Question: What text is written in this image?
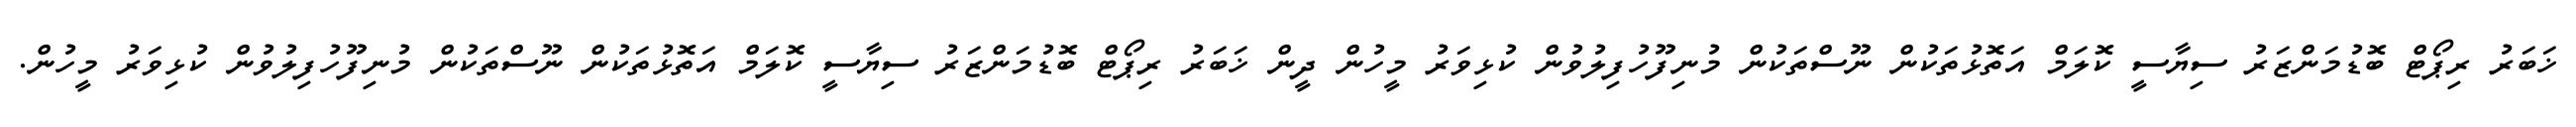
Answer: ޚަބަރު ރިޕޯޓް ބޮޑުމަންޒަރު ސިޔާސީ ކޮލަމް އަތޮޅުތަކުން ނޫސްތަކުން މުނިފޫހުފިލުވުން ކުޅިވަރު މީހުން ދީން ޚަބަރު ރިޕޯޓް ބޮޑުމަންޒަރު ސިޔާސީ ކޮލަމް އަތޮޅުތަކުން ނޫސްތަކުން މުނިފޫހުފިލުވުން ކުޅިވަރު މީހުން.